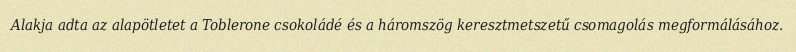
Alakja adta az alapötletet a Toblerone csokoládé és a háromszög keresztmetszetű csomagolás megformálásához.